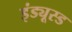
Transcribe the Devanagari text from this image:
इंड्यूस्ड